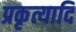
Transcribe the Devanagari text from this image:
प्रकृत्यादि